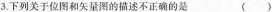
3.下列关于位图和矢量图的描述不正确的是( )